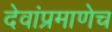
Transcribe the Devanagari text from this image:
देवांप्रमाणेच